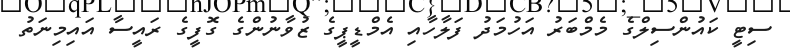
ސިޓީ ކައުންސިލްގެ މެމްބަރު އަހުމަދު ފަލާހާއި އެމްޑީޕީގެ ޒުވާނުންގެ ގޮފީގެ ރައީސާ އައިމިނަތު